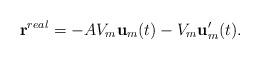
LaTeX: \begin{align*}{\bf r}^{real}=-AV_{m}{\bf u}_{m}(t)-V_{m}{\bf u}'_{m}(t).\end{align*}